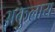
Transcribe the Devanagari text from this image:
अकुलाय